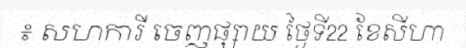
៖ សហការី ចេញផ្សាយ ថ្ងៃទី22 ខែសីហា